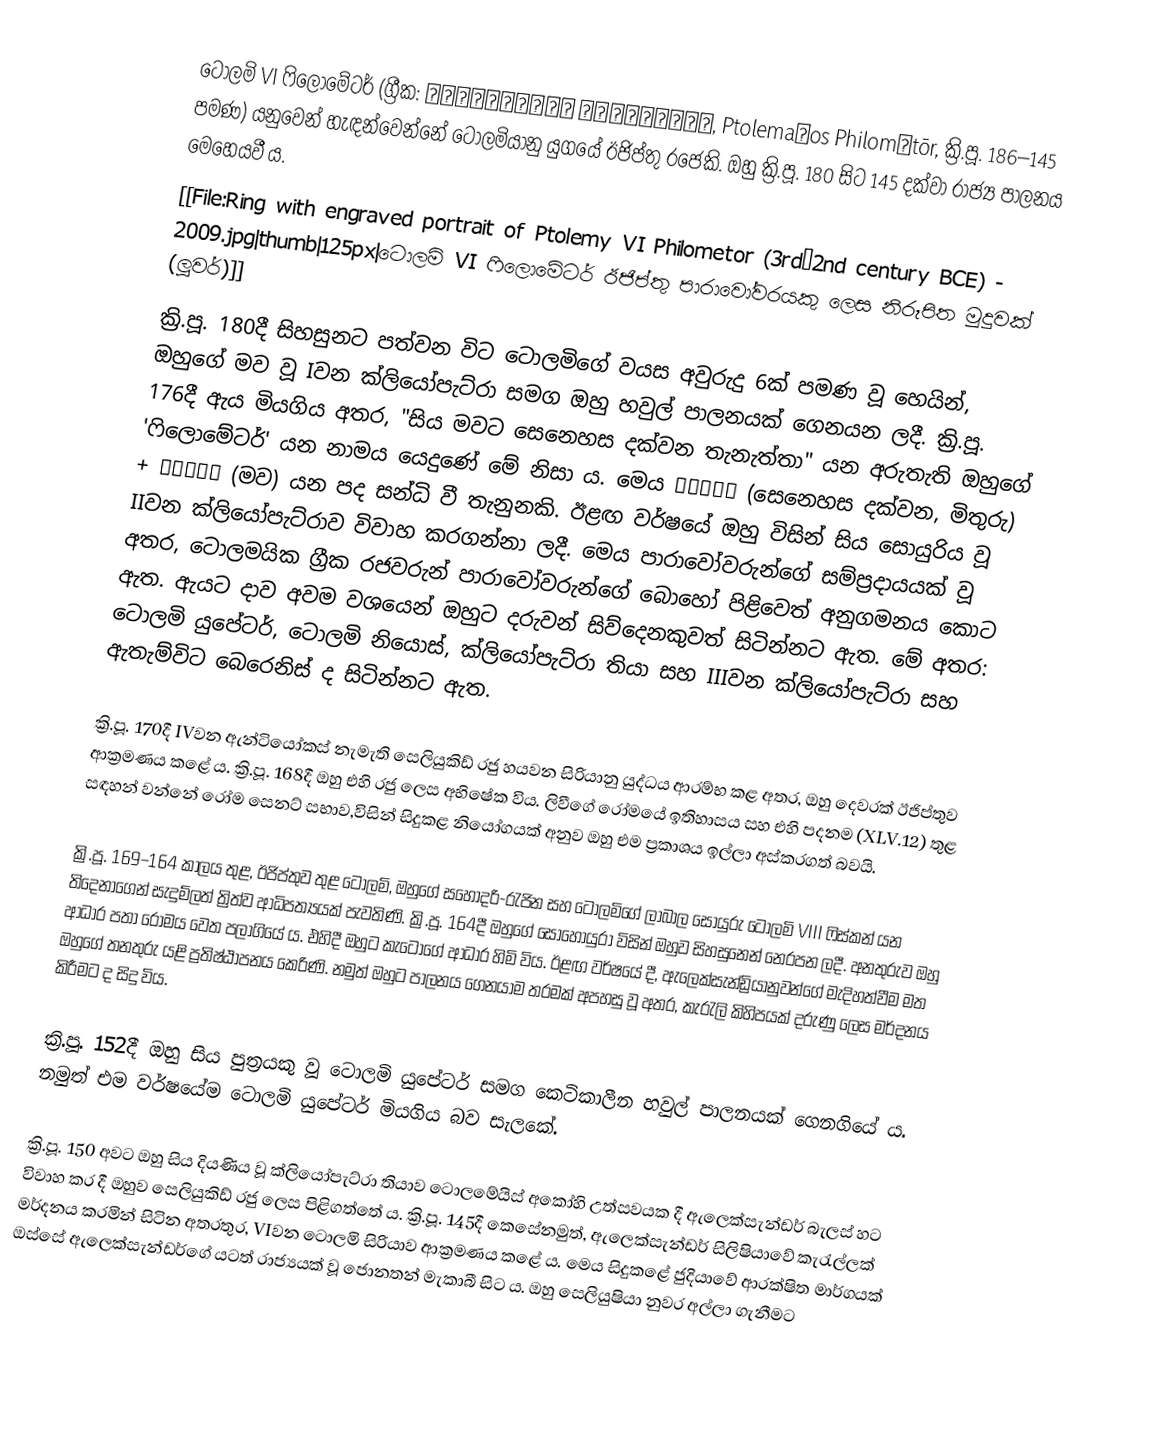
ටොලමි VI ෆිලොමේටර් (ග්‍රීක: Πτολεμαῖος Φιλομήτωρ, Ptolemaĩos Philomḗtōr, ක්‍රි.පූ. 186–145 පමණ) යනුවෙන් හැඳන්වෙන්නේ ටොලමියානු යුගයේ ඊජිප්තු රජෙකි. ඔහු ක්‍රි.පූ. 180 සිට 145 දක්වා රාජ්‍ය පාලනය මෙහෙයවී ය.
[[File:Ring with engraved portrait of Ptolemy VI Philometor (3rd–2nd century BCE) - 2009.jpg|thumb|125px|ටොලමි VI ෆිලොමේටර් ඊජිප්තු පාරාවෝවරයකු ලෙස නිරූපිත මුදුවක් (ලූවර්)]]
ක්‍රි.පූ. 180දී සිහසුනට පත්වන විට ටොලමිගේ වයස අවුරුදු 6ක් පමණ වූ හෙයින්, ඔහුගේ මව වූ Iවන ක්ලියෝපැට්රා සමග ඔහු හවුල් පාලනයක් ගෙනයන ලදී. ක්‍රි.පූ. 176දී ඇය මියගිය අතර, "සිය මවට සෙනෙහස දක්වන තැනැත්තා" යන අරුතැති ඔහුගේ 'ෆිලොමේටර්' යන නාමය යෙදුණේ මේ නිසා ය. මෙය φίλος (සෙනෙහස දක්වන, මිතුරු) + μήτηρ (මව) යන පද සන්ධි වී තැනුනකි. ඊළඟ වර්ෂයේ ඔහු විසින් සිය සොයුරිය වූ IIවන ක්ලියෝපැට්රාව විවාහ කරගන්නා ලදී. මෙය පාරාවෝවරුන්ගේ සම්ප්‍රදායයක් වූ අතර, ටොලමයික ග්‍රීක රජවරුන් පාරාවෝවරුන්ගේ බොහෝ පිළිවෙත් අනුගමනය කොට ඇත. ඇයට දාව අවම වශයෙන් ඔහුට දරුවන් සිව්දෙනකුවත් සිටින්නට ඇත. මේ අතර: ටොලමි යුපේටර්, ටොලමි නියොස්, ක්ලියෝපැට්රා තියා සහ IIIවන ක්ලියෝපැට්රා සහ ඇතැම්විට බෙරෙනිස් ද සිටින්නට ඇත.

ක්‍රි.පූ. 170දී IVවන ඇන්ටියෝකස් නැමැති සෙලියුකිඩ් රජු හයවන සිරියානු යුද්ධය ආරම්භ කළ අතර, ඔහු දෙවරක් ඊජිප්තුව ආක්‍රමණය කළේ ය. ක්‍රි.පූ. 168දී ඔහු එහි රජු‍ ලෙස අභිෂේක විය. ලිවීගේ රෝමයේ ඉතිහාසය සහ එහි පදනම (XLV.12) තුළ සඳහන් වන්නේ රෝම සෙනට් සභාව,විසින් සිදුකළ නියෝගයක් අනුව ඔහු එම ප්‍රකාශය ඉල්ලා අස්කරගත් බවයි.

ක්‍රි.පූ. 169–164 කාලය තුළ, ඊජිප්තුව තුළ ටොලමි, ඔහුගේ සහෝදරි-රැජින සහ ටොලමිගේ ලාබාල සොයුරු ටොලමි VIII ෆිස්කන් යන තිදෙනාගෙන් සැදුම්ලත් ත්‍රිත්ව ආධිපත්‍යයක් පැවතිණි. ක්‍රි.පූ. 164දී ඔහුගේ සොහොයුරා විසින් ඔහුව සිහසුනෙන් නෙරපන ලදී. අනතුරුව ඔහු ආධාර පතා රෝමය වෙත පලාගියේ ය. එහිදී ඔහුට කැටෝගේ ආධාර හිමි විය. ඊළඟ වර්ෂයේ දී, ඇලෙක්සැන්ඩ්‍රියානුවන්ගේ මැදිහත්වීම මත ඔහුගේ තනතුරු යළි ප්‍රතිෂ්ඨාපනය කෙරිණි. නමුත් ඔහුට පාලනය ගෙනයාම තරමක් අපහසු වූ අතර, කැරැලි කිහිපයක් දරුණු ලෙස මර්දනය කිරීමට ද සිදු විය.

ක්‍රි.පූ. 152දී ඔහු සිය පුත්‍රයකු වූ ටොලමි යුපේටර් සමග කෙටිකාලීන හවුල් පාලනයක් ගෙනගියේ ය. නමුත් එම වර්ෂයේම ටොලමි යුපේටර් මියගිය බව සැලකේ.

ක්‍රි.පූ. 150 අවට ඔහු සිය දියණිය වූ ක්ලියෝපැට්රා තියාව ටොලමේයිස් අ‍කෝහි උත්සවයක දී ඇලෙක්සැන්ඩර් බැලස් හට විවාහ කර දී ඔහුව සෙලියුකිඩ් රජු ලෙස පිළිගත්තේ ය. ක්‍රි.පූ. 145දී කෙසේනමුත්, ඇලෙක්සැන්ඩර් සිලිෂියාවේ කැරැල්ලක් මර්දනය කරමින් සිටින අතරතුර, VIවන ටොලමි සිරියාව ආක්‍රමණය කළේ ය. මෙය සිදුකළේ ජුදියාවේ ආරක්ෂිත මාර්ගයක් ඔස්සේ ඇලෙක්සැන්ඩර්ගේ යටත් රාජ්‍යයක් වූ ජොනතන් මැකාබී සිට ය. ඔහු සෙලියුෂියා නුවර අල්ලා ගැනීමට